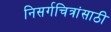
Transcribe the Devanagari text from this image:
निसर्गचित्रांसाठी